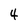
Character: 4